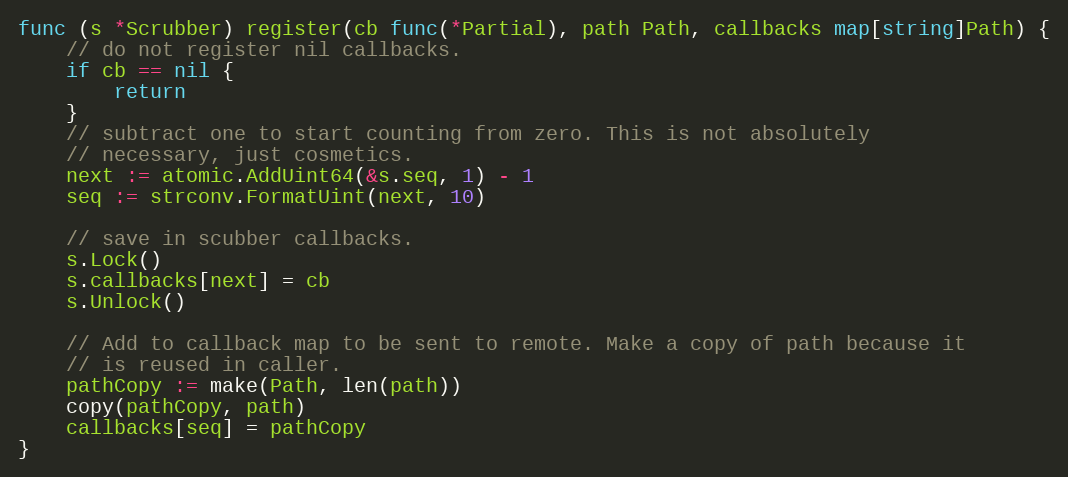
Language: Go
func (s *Scrubber) register(cb func(*Partial), path Path, callbacks map[string]Path) {
	// do not register nil callbacks.
	if cb == nil {
		return
	}
	// subtract one to start counting from zero. This is not absolutely
	// necessary, just cosmetics.
	next := atomic.AddUint64(&s.seq, 1) - 1
	seq := strconv.FormatUint(next, 10)

	// save in scubber callbacks.
	s.Lock()
	s.callbacks[next] = cb
	s.Unlock()

	// Add to callback map to be sent to remote. Make a copy of path because it
	// is reused in caller.
	pathCopy := make(Path, len(path))
	copy(pathCopy, path)
	callbacks[seq] = pathCopy
}